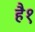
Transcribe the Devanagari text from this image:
है१